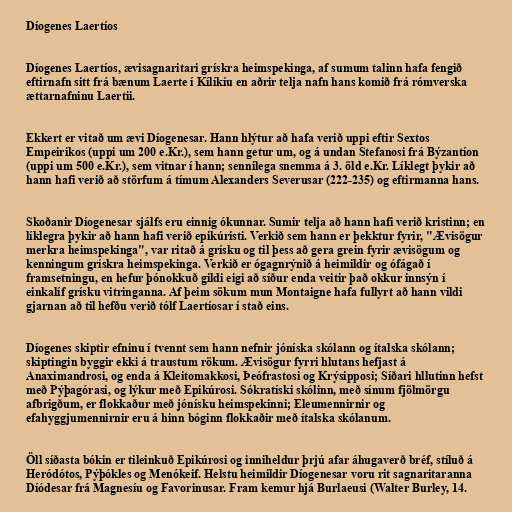
Díogenes Laertíos

Díogenes Laertíos, ævisagnaritari grískra heimspekinga, af sumum talinn hafa fengið
eftirnafn sitt frá bænum Laerte í Kílíkíu en aðrir telja nafn hans komið frá rómverska
ættarnafninu Laertii.

Ekkert er vitað um ævi Díogenesar. Hann hlýtur að hafa verið uppi eftir Sextos
Empeirikos (uppi um 200 e.Kr.), sem hann getur um, og á undan Stefanosi frá Býzantíon
(uppi um 500 e.Kr.), sem vitnar í hann; sennilega snemma á 3. öld e.Kr. Líklegt þykir að
hann hafi verið að störfum á tímum Alexanders Severusar (222-235) og eftirmanna hans.

Skoðanir Díogenesar sjálfs eru einnig ókunnar. Sumir telja að hann hafi verið kristinn; en
líklegra þykir að hann hafi verið epikúristi. Verkið sem hann er þekktur fyrir, "Ævisögur
merkra heimspekinga", var ritað á grísku og til þess að gera grein fyrir ævisögum og
kenningum grískra heimspekinga. Verkið er ógagnrýnið á heimildir og ófágað í
framsetningu, en hefur þónokkuð gildi eigi að síður enda veitir það okkur innsýn í
einkalíf grísku vitringanna. Af þeim sökum mun Montaigne hafa fullyrt að hann vildi
gjarnan að til hefðu verið tólf Laertíosar í stað eins.

Díogenes skiptir efninu í tvennt sem hann nefnir jóníska skólann og ítalska skólann;
skiptingin byggir ekki á traustum rökum. Ævisögur fyrri hlutans hefjast á
Anaximandrosi, og enda á Kleitomakkosi, Þeófrastosi og Krýsipposi; Síðari hllutinn hefst
með Pýþagórasi, og lýkur með Epikúrosi. Sókratíski skólinn, með sínum fjölmörgu
afbrigðum, er flokkaður með jónísku heimspekinni; Eleumennirnir og
efahyggjumennirnir eru á hinn bóginn flokkaðir með ítalska skólanum.

Öll síðasta bókin er tileinkuð Epikúrosi og inniheldur þrjú afar áhugaverð bréf, stíluð á
Heródótos, Pýþókles og Menókeif. Helstu heimildir Díogenesar voru rit sagnaritaranna
Díódesar frá Magnesíu og Favorinusar. Fram kemur hjá Burlaeusi (Walter Burley, 14.